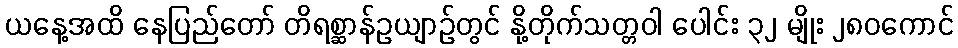
ယနေ့အထိ နေပြည်တော် တိရစ္ဆာန်ဥယျာဉ်တွင် နို့တိုက်သတ္တဝါ ပေါင်း ၃၂ မျိုး ၂၈၀ကောင်